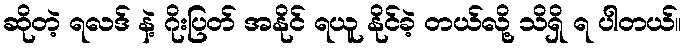
ဆိုတဲ့ ရလဒ် နဲ့ ဂိုးပြတ် အနိုင် ရယူ နိုင်ခဲ့ တယ်လို့ သိရှိ ရ ပါတယ်။